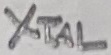
Text: XTAL